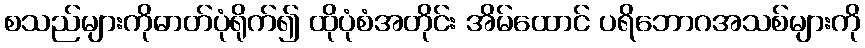
စသည်များကိုဓာတ်ပုံရိုက်၍ ထိုပုံစံအတိုင်း အိမ်ထောင် ပရိဘောဂအသစ်များကို